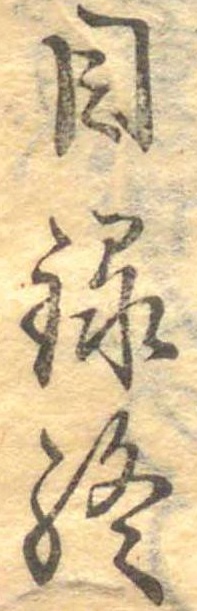
目録終